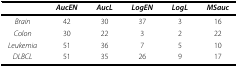
|  | AucEN | AucL | LogEN | LogL | MSauc |
 | --- | --- | --- | --- | --- | --- |
 | Brain | 42 | 30 | 37 | 3 | 16 |
 | Colon | 30 | 22 | 3 | 2 | 22 |
 | Leukemia | 51 | 36 | 7 | 5 | 10 |
 | DLBCL | 51 | 35 | 26 | 9 | 17 |